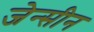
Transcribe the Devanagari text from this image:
जेन्सीन